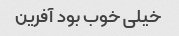
خیلی خوب بود آفرین